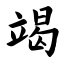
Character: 竭